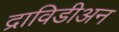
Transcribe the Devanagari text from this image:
द्राविडीअन